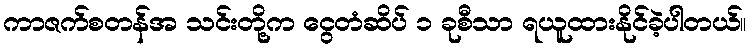
ကာဇက်စတန်အ သင်းတို့က ငွေတံဆိပ် ၁ ခုစီသာ ရယူထားနိုင်ခဲ့ပါတယ်။